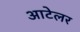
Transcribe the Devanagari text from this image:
आटेलर